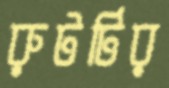
রুটটির